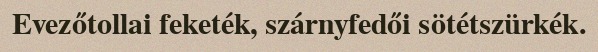
Evezőtollai feketék, szárnyfedői sötétszürkék.